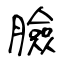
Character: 臉